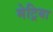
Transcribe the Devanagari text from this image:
मेट्रिया